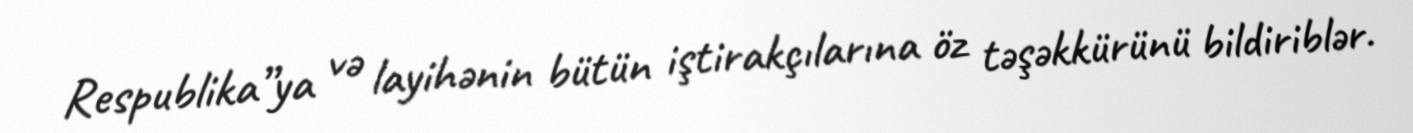
Respublika”ya və layihənin bütün iştirakçılarına öz təşəkkürünü bildiriblər.